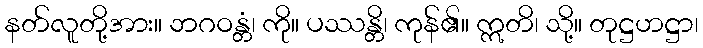
နတ်လူတို့အား။ ဘဂဝန္တံ၊ ကို။ ပဿန္တိ၊ ကုန်၏။ ဣတိ၊ သို့။ တုဋ္ဌဟဋ္ဌာ၊